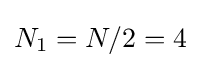
N_{1}=N/2=4